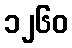
၁၂၆၀